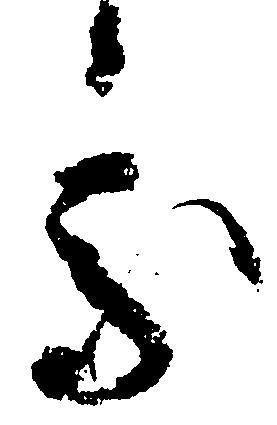
処